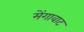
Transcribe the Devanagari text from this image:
मेंगावाट